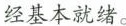
经基本就绪。